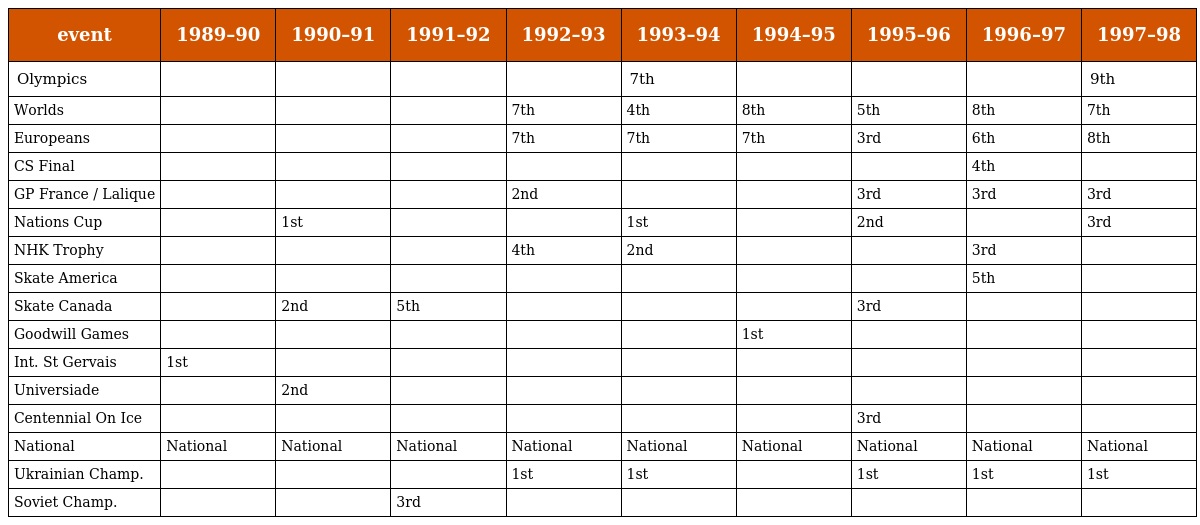
| event | 1989–90 | 1990–91 | 1991–92 | 1992–93 | 1993–94 | 1994–95 | 1995–96 | 1996–97 | 1997–98 |
 | --- | --- | --- | --- | --- | --- | --- | --- | --- | --- |
 | Olympics |  |  |  |  | 7th |  |  |  | 9th |
 | Worlds |  |  |  | 7th | 4th | 8th | 5th | 8th | 7th |
 | Europeans |  |  |  | 7th | 7th | 7th | 3rd | 6th | 8th |
 | CS Final |  |  |  |  |  |  |  | 4th |  |
 | GP France / Lalique |  |  |  | 2nd |  |  | 3rd | 3rd | 3rd |
 | Nations Cup |  | 1st |  |  | 1st |  | 2nd |  | 3rd |
 | NHK Trophy |  |  |  | 4th | 2nd |  |  | 3rd |  |
 | Skate America |  |  |  |  |  |  |  | 5th |  |
 | Skate Canada |  | 2nd | 5th |  |  |  | 3rd |  |  |
 | Goodwill Games |  |  |  |  |  | 1st |  |  |  |
 | Int. St Gervais | 1st |  |  |  |  |  |  |  |  |
 | Universiade |  | 2nd |  |  |  |  |  |  |  |
 | Centennial On Ice |  |  |  |  |  |  | 3rd |  |  |
 | National | National | National | National | National | National | National | National | National | National |
 | Ukrainian Champ. |  |  |  | 1st | 1st |  | 1st | 1st | 1st |
 | Soviet Champ. |  |  | 3rd |  |  |  |  |  |  |